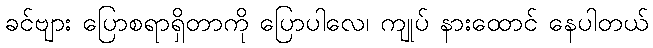
ခင်ဗျား ပြောစရာရှိတာကို ပြောပါလေ၊ ကျုပ် နားထောင် နေပါတယ်